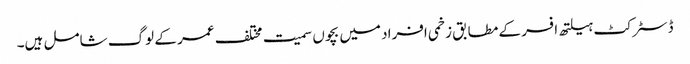
ڈسٹرکٹ ہیلتھ افسر کے مطابق زخمی افراد میں بچوں سمیت مختلف عمر کے لوگ شامل ہیں۔